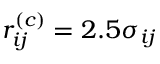
r _ { i j } ^ { ( c ) } = 2 . 5 \sigma _ { i j }